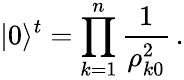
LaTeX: |0\rangle^{t}=\prod_{k=1}^{n}\frac{1}{\rho_{k0}^{2}}\, .